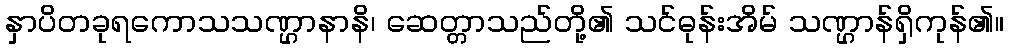
နှာပိတခုရကောသသဏ္ဌာနာနိ၊ ဆေတ္တာသည်တို့၏ သင်ဓုန်းအိမ် သဏ္ဌာန်ရှိကုန်၏။